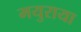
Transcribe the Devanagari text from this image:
मयुराया